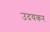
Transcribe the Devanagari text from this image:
उदयकर